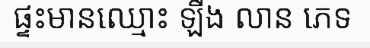
ផ្ទះមានឈ្មោះ ឡឹង លាន ភេទ